Civil Veterinary Department. Madras. Admin. report 1926-33 - 1926-1933
Year: 1926
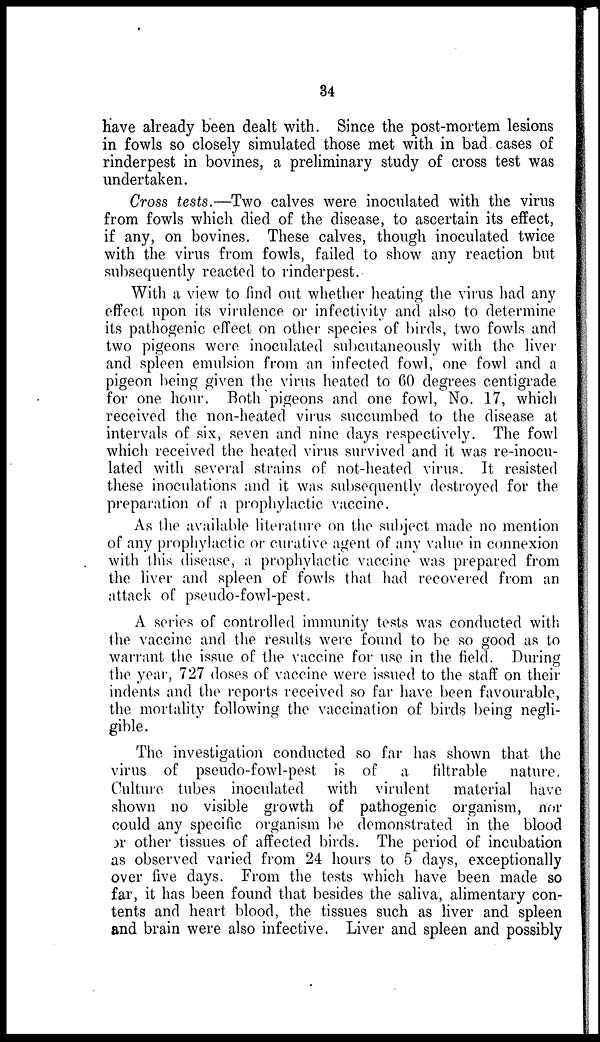
34
have already been dealt with. Since the post-m
in fowls so closely simulated those met with in
rinderpest in bovines, a preliminary study of c
undertaken.
Cross tests.—Two calves were inoculated w
from fowls which died of the disease, to ascerta
if any, on bovines. These calves, though ino
with the virus from fowls, failed to show any
subsequently reacted to rinderpest.
With a view to find out whether heating the
effect upon its virulence or infectivity and also
its pathogenic effect on other species of birds, t
two pigeons were inoculated subcutaneously w
and spleen emulsion from an infected fowl, on
pigeon being given the virus heated to 60 degre
for one hour. Both pigeons and one fowl, N
received the non-heated virus succumbed to t
intervals of six, seven and nine days respective
which received the heated virus survived and it
lated with several strains of not-heated virus
these inoculations and it was subsequently dest
preparation of a prophylactic vaccine.
As the available literature on the subject ma
of any prophylactic or curative agent of any value
with this disease, a prophylactic vaccine was
the liver and spleen of fowls that had recove
attack of pseudo-fowl-pest.
A series of controlled immunity tests was
the vaccine and the results were found to be
warrant the issue of the vaccine for use in the
the year, 727 doses of vaccine were issued to the
indents and the reports received so far have be<
the mortality following the vaccination of bird
gible.
The investigation conducted so far has sh
virus of pseudo-fowl-pest is of
a filtr
Culture tubes inoculated with virulent r
shown no visible growth of pathogenic c
could any specific organism be demonstrated
or other tissues of affected birds. The period
as observed varied from 24 hours to 5 days,
over five days. From the tests which have
far, it has been found that besides the saliva, a
tents and heart blood the tissues such as liv